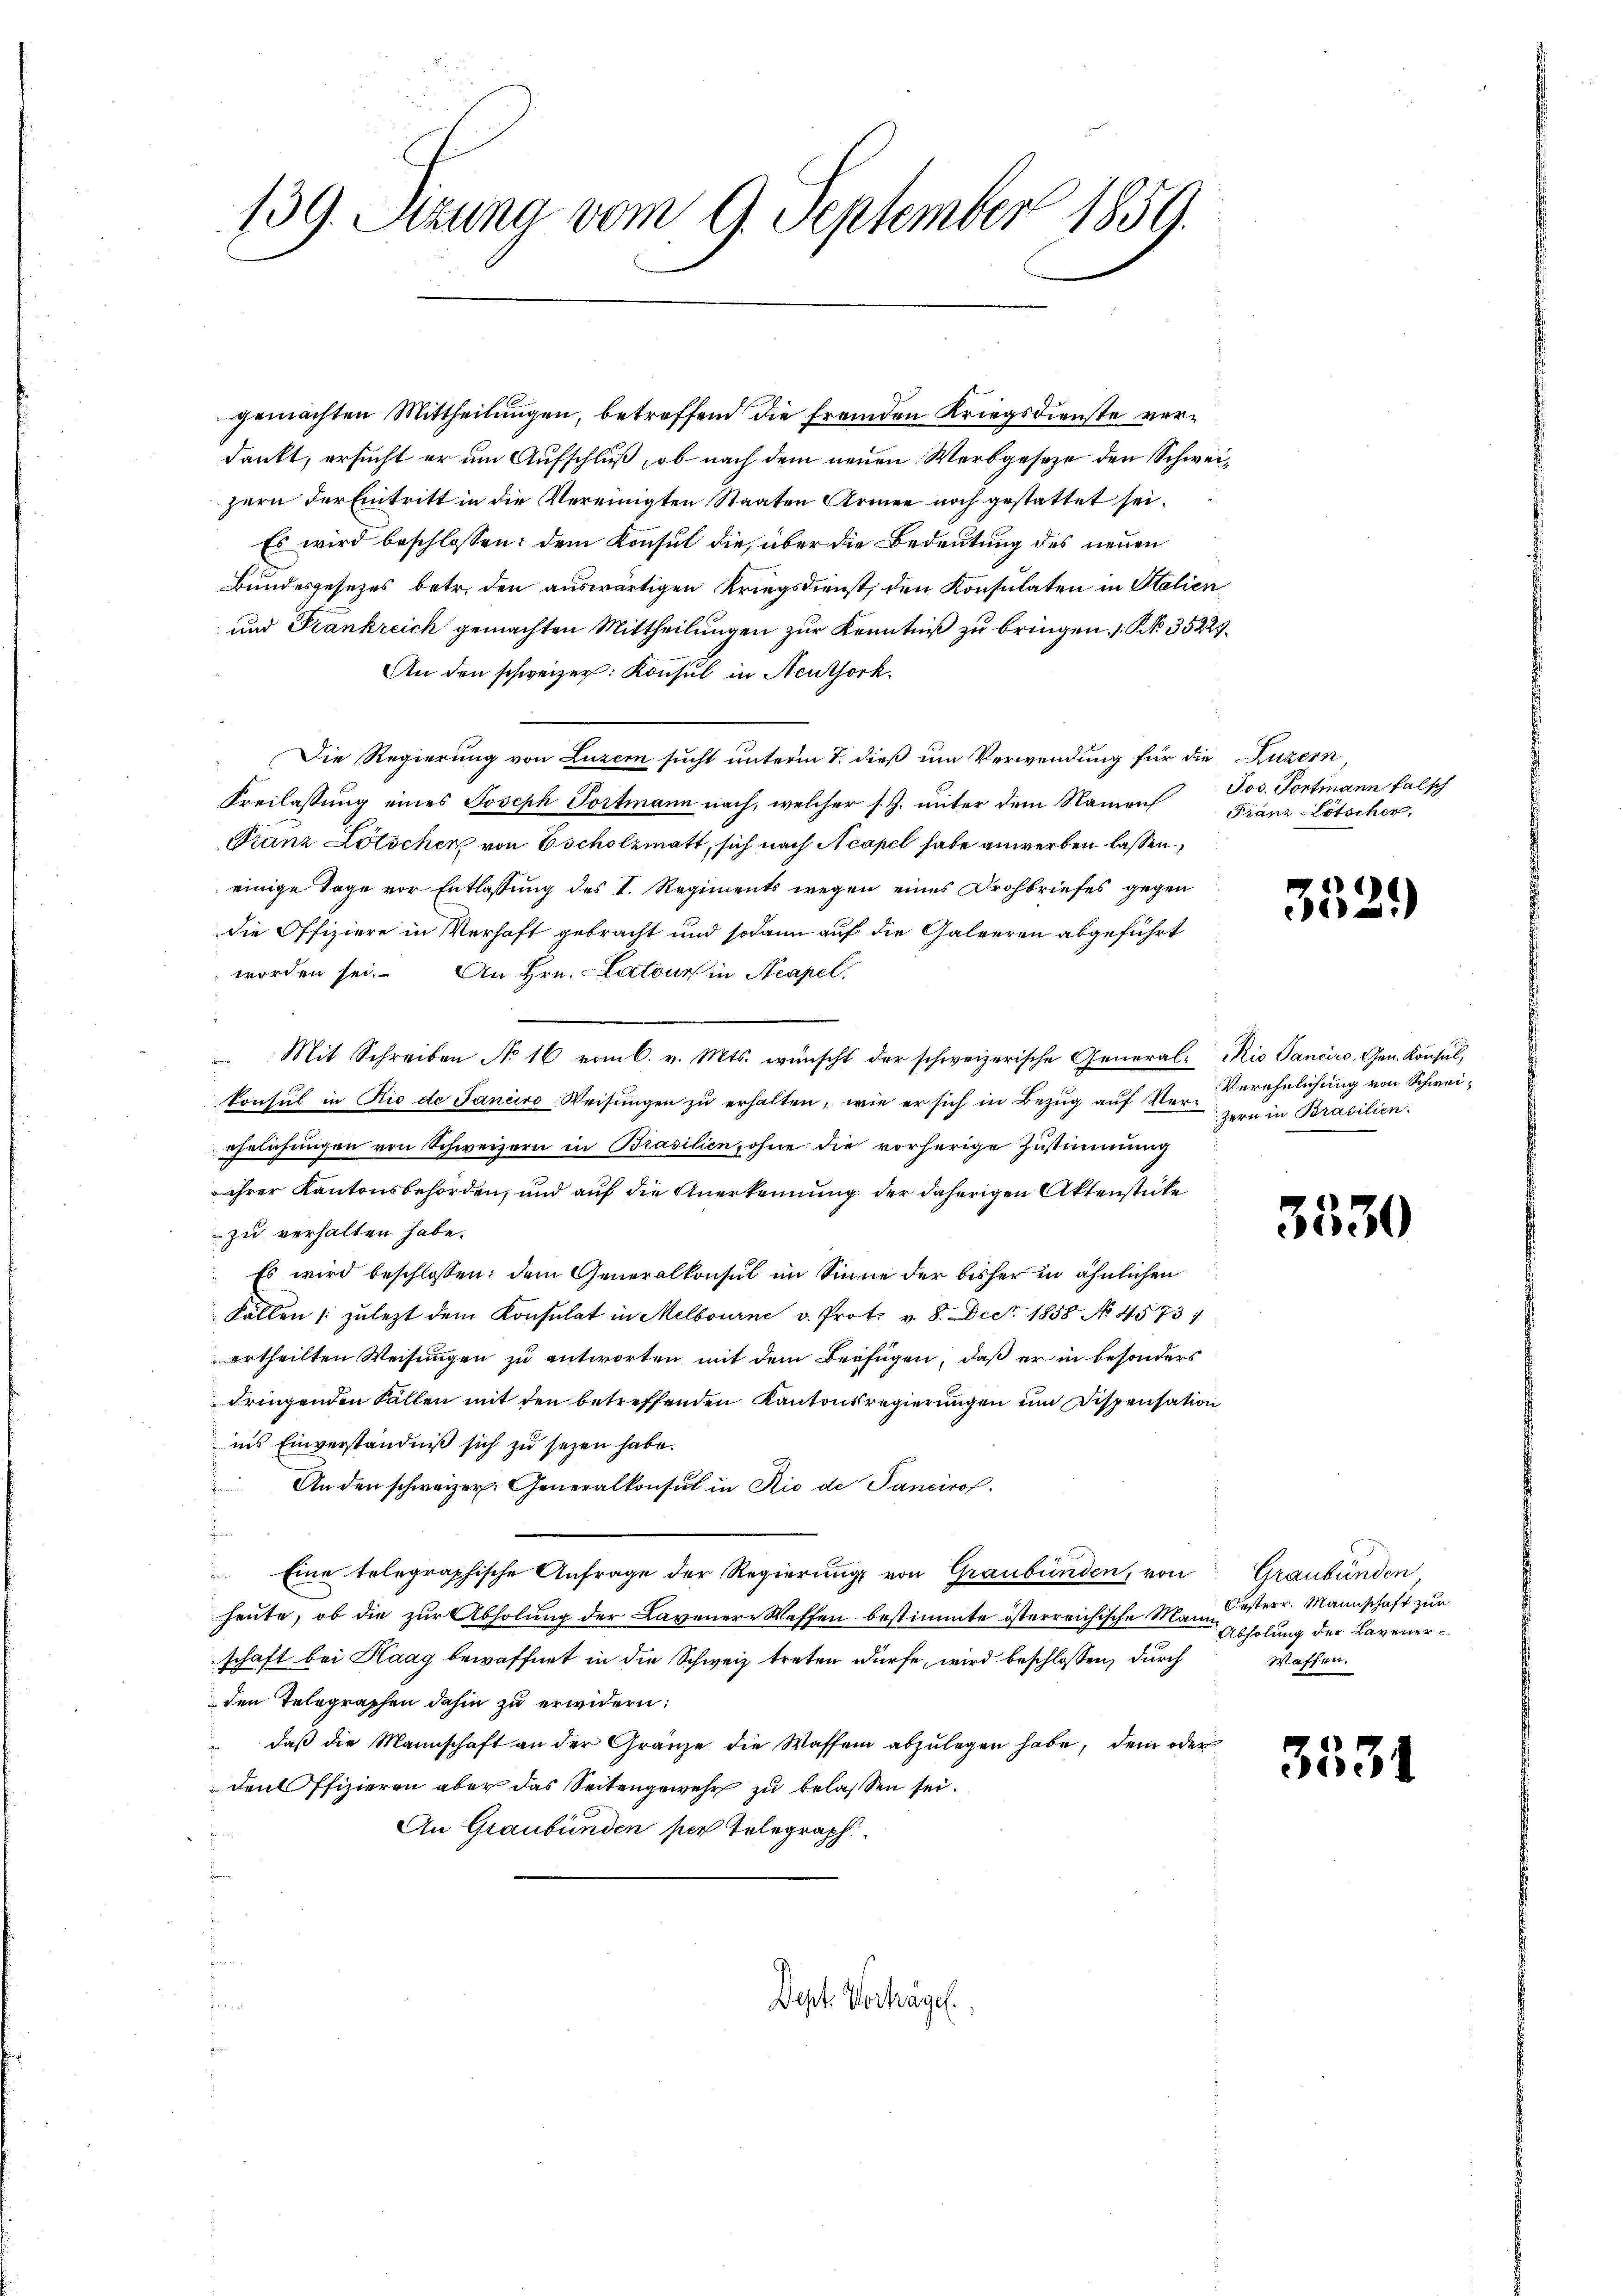
139. Atzuna vom 9. September 1859.

gemachten Mittheilungen, betreffend die fremden Kriegsdienste verdankt, ersucht er um Aufschluß, ob nach dem neuen Werbgeseze den Schweizern der Eintritt in die Vereinigten Staaten Armee noch gestattet sei.
Es wird beschlossen: dem Konsul die, über die Bedeutung des neuen
Bundesgesetzes betr. den auswärtigen Kriegsdienst, den Konsulaten in Stalien
und Frankreich gemachten Mittheilungen zur Kenntniß zu bringen 1 § 35227.
An den schweizer: Konsul in Neuthork
Die Regierung von Luzern sucht unterm 7. dieß um Verwendung für die Luzern,
Freilassung eines Joseph Portmann nach, welcher s. Z. unter dem Namen Jos. Portmann falsch
tanz Lötscher von Escholzmatt, sich nach Neapel habe anwerben lassen.
einige Tage vor Entlassung des I. Regiments wegen eines Drohbriefes gegen
die Offiziere in Verhaft gebracht und sodann auf die Galeeren abgeführt
worden sei. An Hrn. Latour in Neapel
Mit Schreiben No 16 vom 6. v. Mts. wünscht der schweizerische General-Rio Sanciro, Gen. Konsul,
konsul in Rio de Janiiro-Weisungen zu erhalten, wie er sich in Bezug auf Verehelichungen von Schweizern in Brasilien, ohne die vorherige Zustimmung
ihrer Kantonsbehörden, und auf die Anerkennung der daherigen Aktenstücke
zu verhalten habe.
Es wird beschlossen: dem Generalkonsul im Sinne der bisher in ähnlichen
Fällen (zulezt dem Konsulat in Melbourne v. Prot. v. 8. Dec. 1858 No 4573
ertheilten Weisungen zu antworten mit dem Beifügen, daß er in besonders
dringenden Fällen mit den betreffenden Kantonsregierungen um Dispensation
ins Einverständniß sich zu sezen habe.
An den schweizer. Generalkonsul in Rio de Pancirof.
e
B
Eine telegraphische Anfrage der Regierung von Graubünden, von
heute, ob die zur Abholung der Lavenere Waffen bestimmte österreichische Mandesterr. Mannschaft zur
schaft bei Kaag bewaffnet in die Schweiz treten dürfe, wird beschlossen, durch
den Telegraphen dahin zu erwidern:
daβ die Mannschaft an der Gränze die Wassen abzulegen habe, dem oder
den Offizieren aber das Seitengewehr zu belassen sei.
An Graubünden per Telegraph

Dept. Verhägel.

Franz Lötscher

3529

Verehelichung von Schweizern in Brasilien.

3530

Graubünden,
 Abholung der Lavener¬
Waffen.

3531